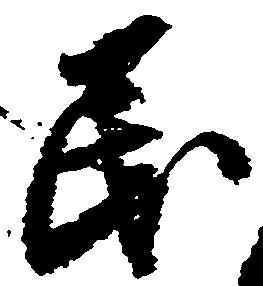
民